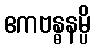
ဧကဗန္ဓနမ္ပိ